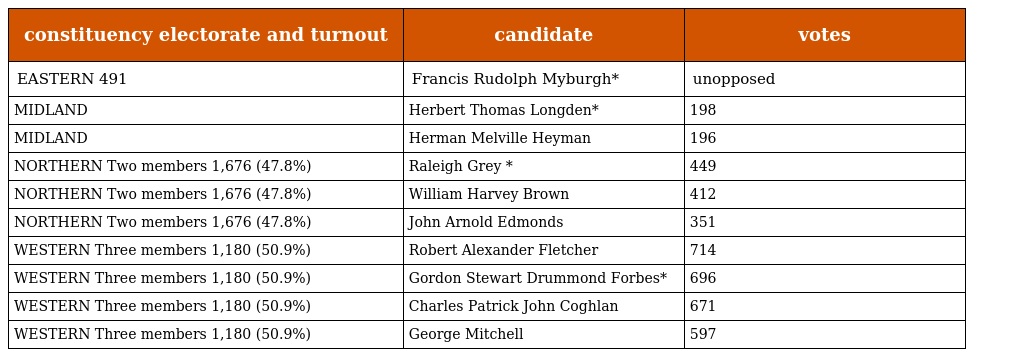
| constituency electorate and turnout | candidate | votes |
 | --- | --- | --- |
 | EASTERN 491 | Francis Rudolph Myburgh* | unopposed |
 | MIDLAND | Herbert Thomas Longden* | 198 |
 | MIDLAND | Herman Melville Heyman | 196 |
 | NORTHERN Two members 1,676 (47.8%) | Raleigh Grey * | 449 |
 | NORTHERN Two members 1,676 (47.8%) | William Harvey Brown | 412 |
 | NORTHERN Two members 1,676 (47.8%) | John Arnold Edmonds | 351 |
 | WESTERN Three members 1,180 (50.9%) | Robert Alexander Fletcher | 714 |
 | WESTERN Three members 1,180 (50.9%) | Gordon Stewart Drummond Forbes* | 696 |
 | WESTERN Three members 1,180 (50.9%) | Charles Patrick John Coghlan | 671 |
 | WESTERN Three members 1,180 (50.9%) | George Mitchell | 597 |